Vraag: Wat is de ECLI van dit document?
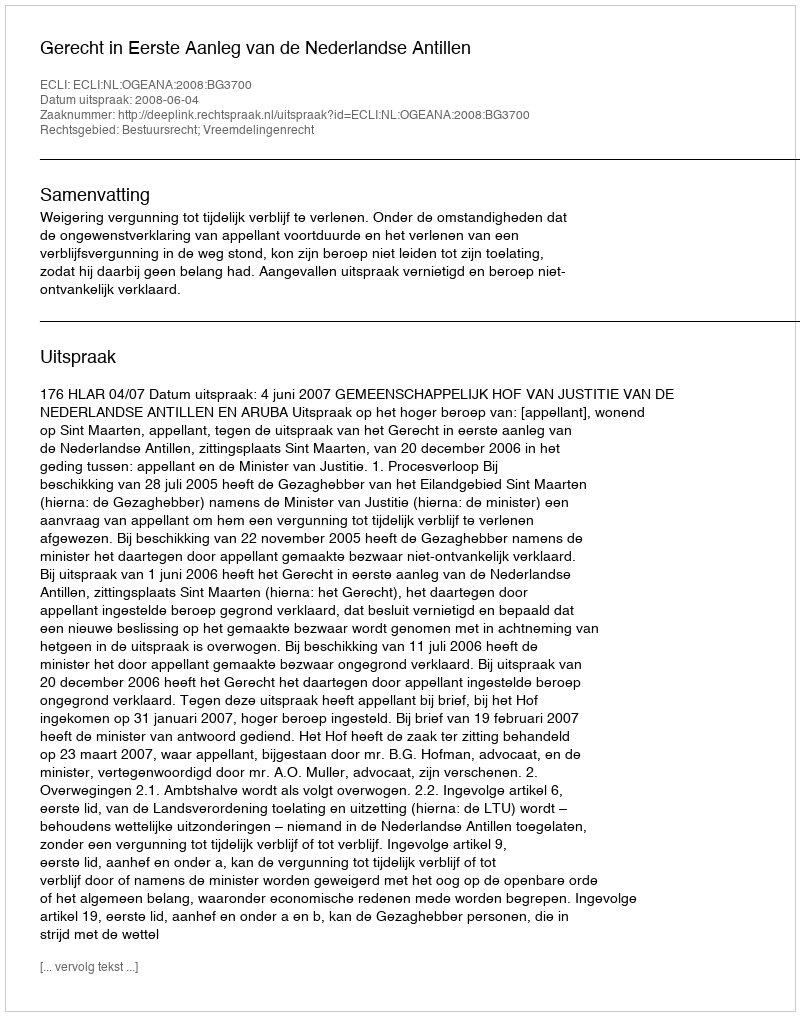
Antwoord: ECLI:NL:OGEANA:2008:BG3700